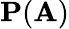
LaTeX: \mathbf{P}(\mathbf{A})